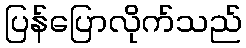
ပြန်ပြောလိုက်သည်